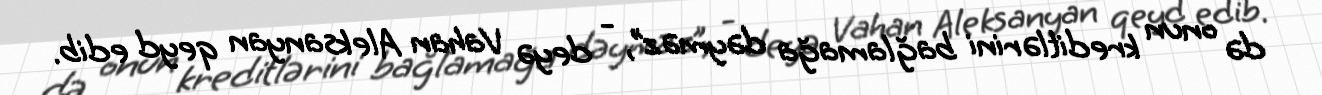
də onun kreditlərini bağlamağa dəyməz”, - deyə Vahan Aleksanyan qeyd edib.